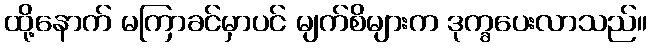
ထို့နောက် မကြာခင်မှာပင် မျက်စိများက ဒုက္ခပေးလာသည်။